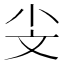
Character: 𣁂